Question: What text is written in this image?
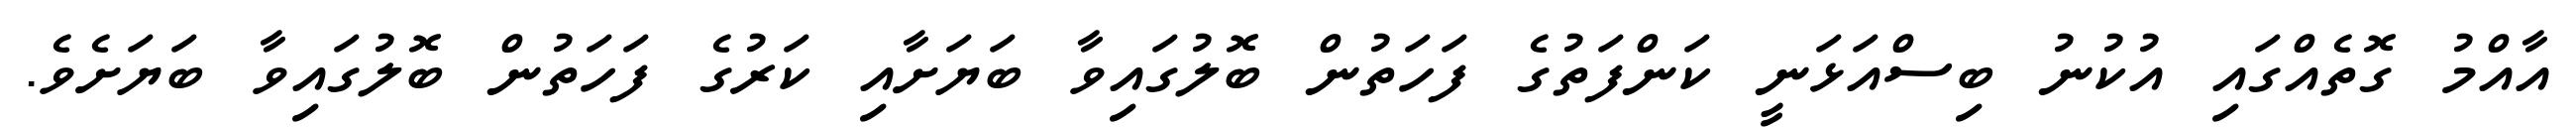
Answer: އާއްމު ގޮތެއްގައި އުކުނު ބިސްއަޅަނީ ކަންފަތުގެ ފަހަތުން ބޮލުގައިވާ ބަޔަށާއި ކަރުގެ ފަހަތުން ބޮލުގައިވާ ބަޔަށެވެ.